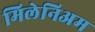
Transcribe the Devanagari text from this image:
मिलेनिअम